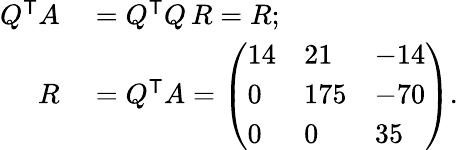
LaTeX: \begin{array}{rl}{Q^{\textsf{T}}A}&{{}=Q^{\textsf{T}}Q\, R=R;}\\ {R}&{{}=Q^{\textsf{T}}A={\left(\begin{array}{lll}{14}&{21}&{-14}\\ {0}&{175}&{-70}\\ {0}&{0}&{35}\end{array}\right)}.}\end{array}